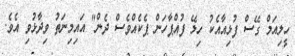
ހީލިއަމް ގޭސް ފުޅިއާއެކު ހިލޭ ފުއްޕާހަން ޕެކެއްވެސް ދެން" އައިމިނަތު ވިދާޅުވި އެވެ.